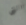
التي